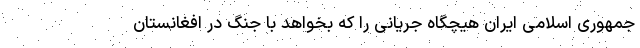
جمهوری اسلامی ایران هیچگاه جریانی را که بخواهد با جنگ در افغانستان